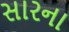
સારના